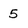
Character: 5